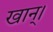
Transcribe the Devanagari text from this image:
खान्।